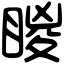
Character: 䁓